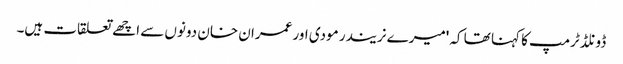
ڈونلڈ ٹرمپ کا کہنا تھا کہ 'میرے نریندر مودی اور عمران خان دونوں سے اچھے تعلقات ہیں۔